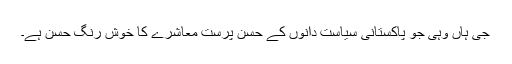
جی ہاں وہی جو پاکستانی سیاست دانوں کے حسن پرست معاشرے کا خوش رنگ حسن ہے۔